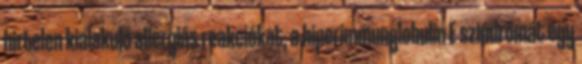
hirtelen kialakuló allergiás reakciókat, a hiperimmunglobulin E szindrómát egy